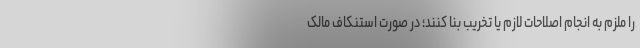
را ملزم به انجام اصلاحات لازم یا تخریب بنا کنند؛ در صورت استنکاف مالک